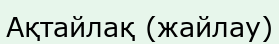
Ақтайлақ (жайлау)